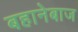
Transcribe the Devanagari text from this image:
बहानेबाज